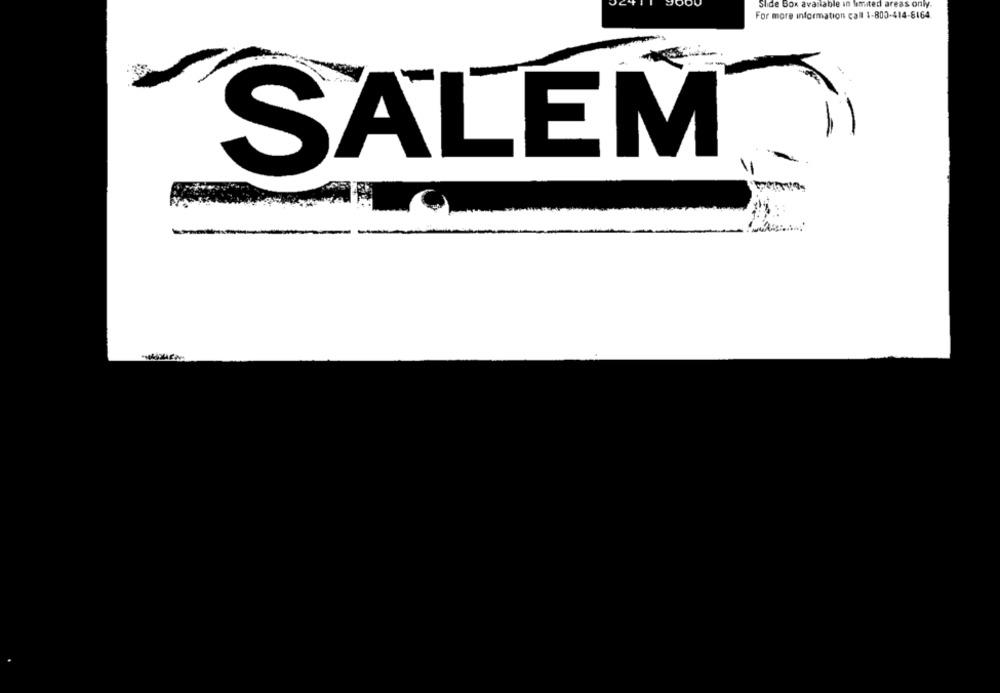
Slide Box available in limited areas only.
For more information call 1-800-414-8164
SALEM